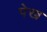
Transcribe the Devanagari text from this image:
पेख